Civil Veterinary Department Bihar & Orissa reports 1929-36 - 1929-1936
Year: 1929
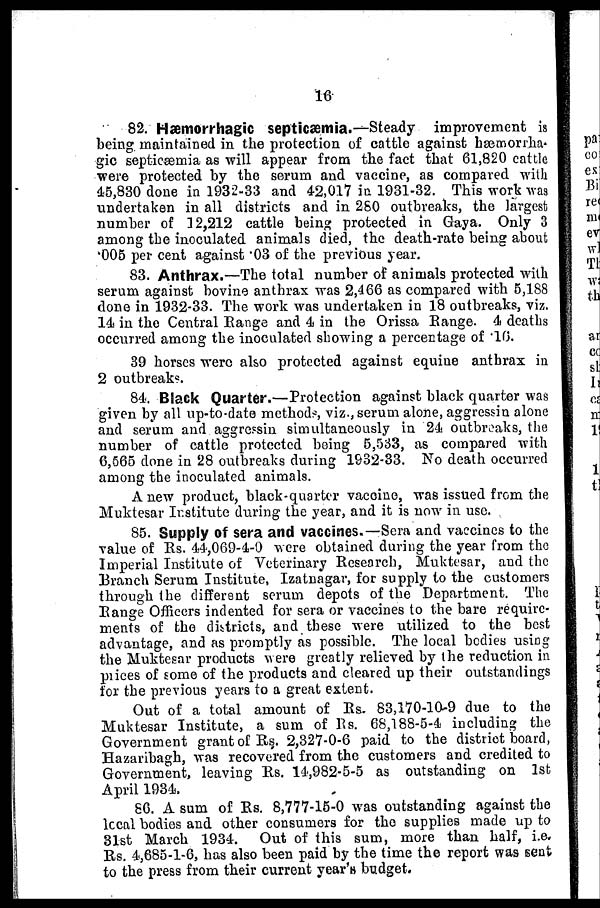
16
82. Hæmorrhagic septicæmia.—Steady improvement is
being maintained in the protection of cattle against hæmorrha-
gic septicæmia as will appear from the fact that 61,820 cattle
were protected by the serum and vaccine, as compared with
45,830 done in 1932-33 and 42,017 in 1931-32. This work was
undertaken in all districts and in 260 outbreaks, the largest
number of 12,212 cattle being protected in Gaya. Only 3
among the inoculated animals died, the death-rate being about
.005 per cent against .03 of the previous year.
83. Anthrax.—The total number of animals protected with
serum against bovine anthrax was 2,466 as compared with 5,188
done in 1932-33. The work was undertaken in 18 outbreaks, viz.
14 in the Central Range and 4 in the Orissa Range. 4 deaths
occurred among the inoculated showing a percentage of .16.
39 horses were also protected against equine anthrax in
2 outbreaks.
84. Black Quarter.—Protection against black quarter was
given by all up-to-date methods, viz., serum alone, aggressin alone
and serum and aggressin simultaneously in 24 outbreaks, the
number of cattle protected being 5,533, as compared with
6,565 clone in 28 outbreaks during 1932-33. No death occurred
among the inoculated animals.
A new product, black-quarter vaccine, was issued from the
Muktesar Institute during the year, and it is now in use.
85. Supply of sera and vaccines.—Sera and vaccines to the
value of Rs. 44,069-4-0 were obtained during the year from the
Imperial Institute of Veterinary Research, Muktesar, and the
Branch Serum Institute, Izatnagar, for supply to the customers
through the different serum depots of the Department. The
Range Officers indented for sera or vaccines to the bare require-
ments of the districts, and these were utilized to the best
advantage, and as promptly as possible. The local bodies using
the Muktesar products were greatly relieved by the reduction in
prices of some of the products and cleared up their outstandings
for the previous years to a great extent.
Out of a total amount of Rs. 83,170-10-9 due to the
Muktesar Institute, a sum of Rs. 68,188-5-4 including the
Government grant of Rs. 2,327-0-6 paid to the district board,
Hazaribagh, was recovered from the customers and credited to
Government, leaving Rs. 14,982-5-5 as outstanding on 1st
April 1934.
86. A sum of Rs. 8,777-15-0 was outstanding against the
local bodies and other consumers for the supplies made up to
31st March 1934. Out of this sum, more than half, i.e.
Rs. 4,685-1-6, has also been paid by the time the report was sent
to the press from their current year's budget.